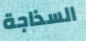
السذاجة